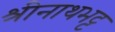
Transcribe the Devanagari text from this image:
श्रीनाथभट्ट